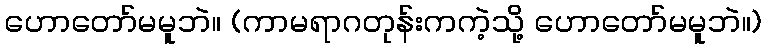
ဟောတော်မမူဘဲ။ (ကာမရာဂတုန်းကကဲ့သို့ ဟောတော်မမူဘဲ။)